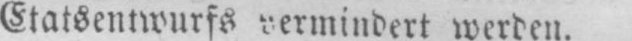
Staatsentwurfs vermindert werden.